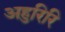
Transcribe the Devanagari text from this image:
अहुरिरि